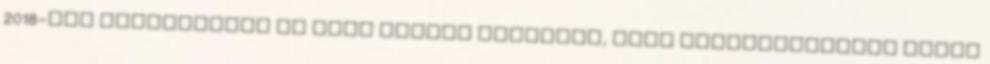
2018-ban Mindenkinek el kell mennie szavazni, hogy orbaniszránban egyre